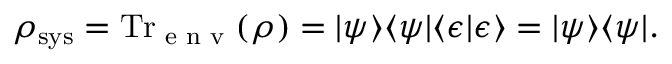
\rho _ { \mathrm { s y s } } = \operatorname { T r } _ { \textrm { e n v } } ( \rho ) = | \psi \rangle \langle \psi | \langle \epsilon | \epsilon \rangle = | \psi \rangle \langle \psi | .